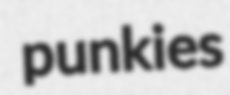
punkies